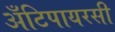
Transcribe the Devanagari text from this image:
अँटिपायरसी